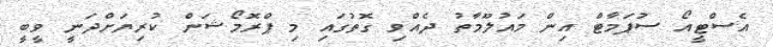
އެސްޓީއޯ ސުޕަމާޓް އިން މައުލޫމާތު ދެއްވި ގޮތުގައި މި ޕްރޮމޯޝަން ކުރިޔަށްދަނީ ވީބީ